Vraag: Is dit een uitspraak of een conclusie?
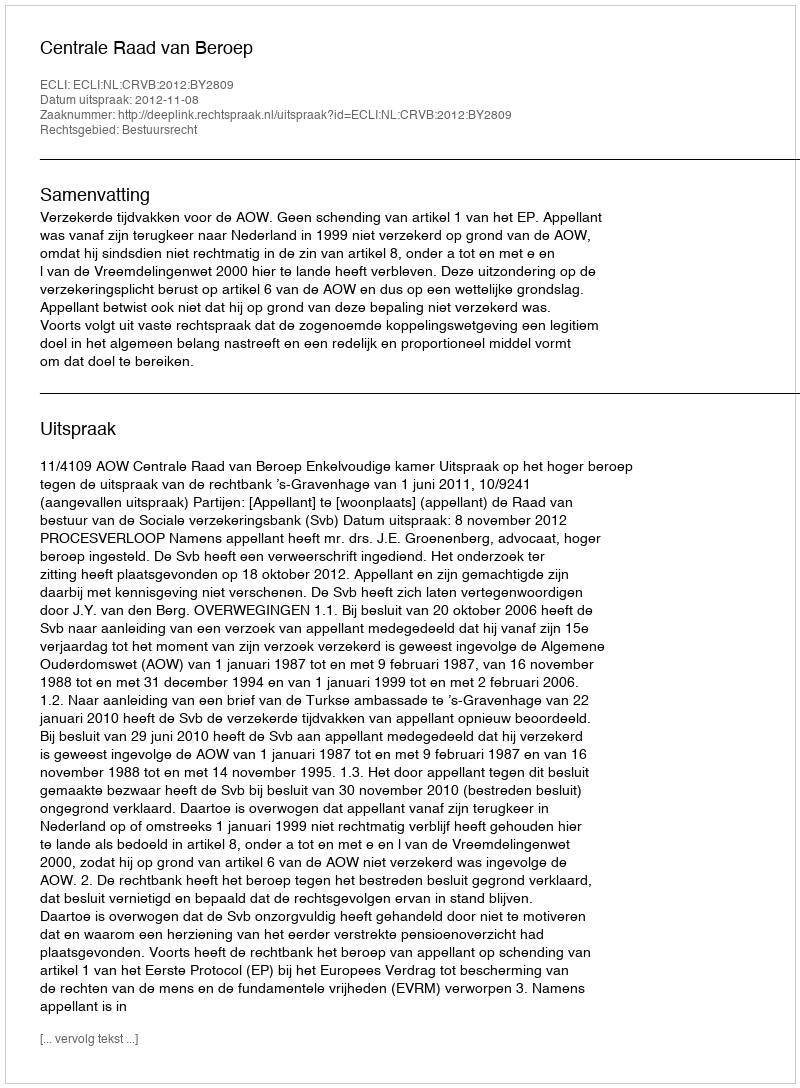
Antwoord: Uitspraak